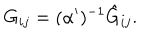
G _ { i j } = ( \alpha ^ { \prime } ) ^ { - 1 } \hat { G } _ { i j } .